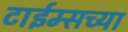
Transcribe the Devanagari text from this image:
टाईम्सच्या